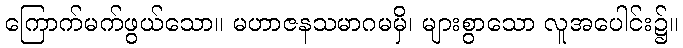
ကြောက်မက်ဖွယ်သော။ မဟာဇနသမာဂမမှိ၊ များစွာသော လူအပေါင်း၌။